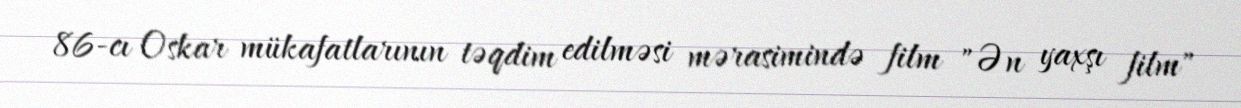
86-cı Oskar mükafatlarının təqdim edilməsi mərasimində film "Ən yaxşı film"